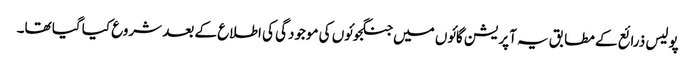
پولیس ذرائع کے مطابق یہ آپریشن گائوں میں جنگجوئوں کی موجودگی کی اطلاع کے بعد شروع کیا گیا تھا۔